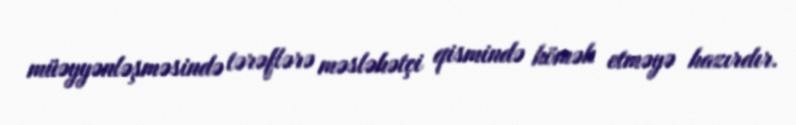
müəyyənləşməsində tərəflərə məsləhətçi qismində kömək etməyə hazırdır.